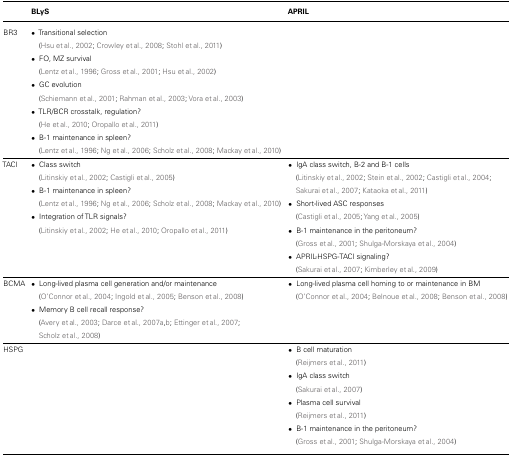
<table><thead><tr><td></td><td><b>BLyS</b></td><td><b>APRIL</b></td></tr></thead><tbody><tr><td>BR3</td><td>• Transitional selection(Hsu et al., 2002; Crowley et al., 2008; Stohl et al., 2011)• FO, MZ survival(Lentz et al., 1996; Gross et al., 2001; Hsu et al., 2002)• GC evolution(Schiemann et al., 2001; Rahman et al., 2003; Vora et al., 2003)• TLR/BCR crosstalk, regulation?(He et al., 2010; Oropallo et al., 2011)• B-1 maintenance in spleen?(Lentz et al., 1996; Ng et al., 2006; Scholz et al., 2008; Mackay et al., 2010)</td><td></td></tr><tr><td>TACI</td><td>• Class switch(Litinskiy et al., 2002; Castigli et al., 2005)• B-1 maintenance in spleen?(Lentz et al., 1996; Ng et al., 2006; Scholz et al., 2008; Mackay et al., 2010)• Integration of TLR signals?(Litinskiy et al., 2002; He et al., 2010; Oropallo et al., 2011)</td><td>• IgA class switch, B-2 and B-1 cells(Litinskiy et al., 2002; Stein et al., 2002; Castigli et al., 2004; Sakurai et al., 2007; Kataoka et al., 2011)• Short-lived ASC responses(Castigli et al., 2005; Yang et al., 2005)• B-1 maintenance in the peritoneum?(Gross et al., 2001; Shulga-Morskaya et al., 2004)• APRIL-HSPG-TACI signaling?(Sakurai et al., 2007; Kimberley et al., 2009)</td></tr><tr><td>BCMA</td><td>• Long-lived plasma cell generation and/or maintenance(O’Connor et al., 2004; Ingold et al., 2005; Benson et al., 2008)• Memory B cell recall response?(Avery et al., 2003; Darce et al., 2007a,b; Ettinger et al., 2007; Scholz et al., 2008)</td><td>• Long-lived plasma cell homing to or maintenance in BM(O’Connor et al., 2004; Belnoue et al., 2008; Benson et al., 2008)</td></tr><tr><td>HSPG</td><td></td><td>• B cell maturation(Reijmers et al., 2011)• IgA class switch(Sakurai et al., 2007)• Plasma cell survival(Reijmers et al., 2011)• B-1 maintenance in the peritoneum?(Gross et al., 2001; Shulga-Morskaya et al., 2004)</td></tr></tbody></table>